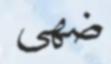
ضھى